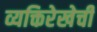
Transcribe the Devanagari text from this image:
व्यक्तिरेखेची